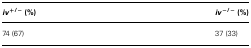
<table><thead><tr><td><b><i>iv</i><sup>+/−</sup>(%)</b></td><td><b><i>iv</i><sup>−/−</sup> (%)</b></td></tr></thead><tbody><tr><td>74 (67)</td><td>37 (33)</td></tr></tbody></table>